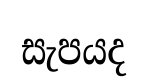
සැපයද